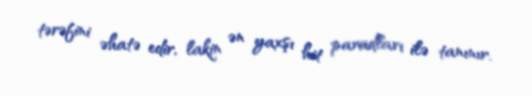
tərəfini əhatə edir, lakin ən yaxşı hit paradları ilə tanınır.